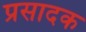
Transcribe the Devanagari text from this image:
प्रसादक